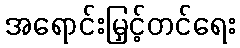
အရောင်းမြှင့်တင်ရေး